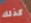
كذلك